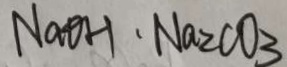
N a O H \cdot N a _ { 2 } C O _ { 3 }